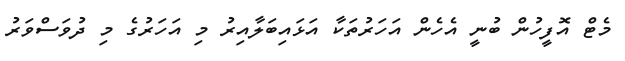
މެޓް އޮފީހުން ބުނީ އެހެން އަހަރުތަކާ އަޅައިބަލާއިރު މި އަހަރުގެ މި ދުވަސްވަރު